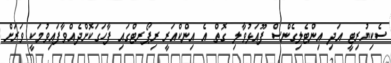
ސެކިޔުރިޓީ އަދި އިންޓެލިގެންސް ފޫއަޅުވާލި ގޮތް އެ އިންކްއަރީ ރިޕޯރޓްގައި ފާހަގަކޮށްދެއްވާފައިވުމަކީ ވަރަށް